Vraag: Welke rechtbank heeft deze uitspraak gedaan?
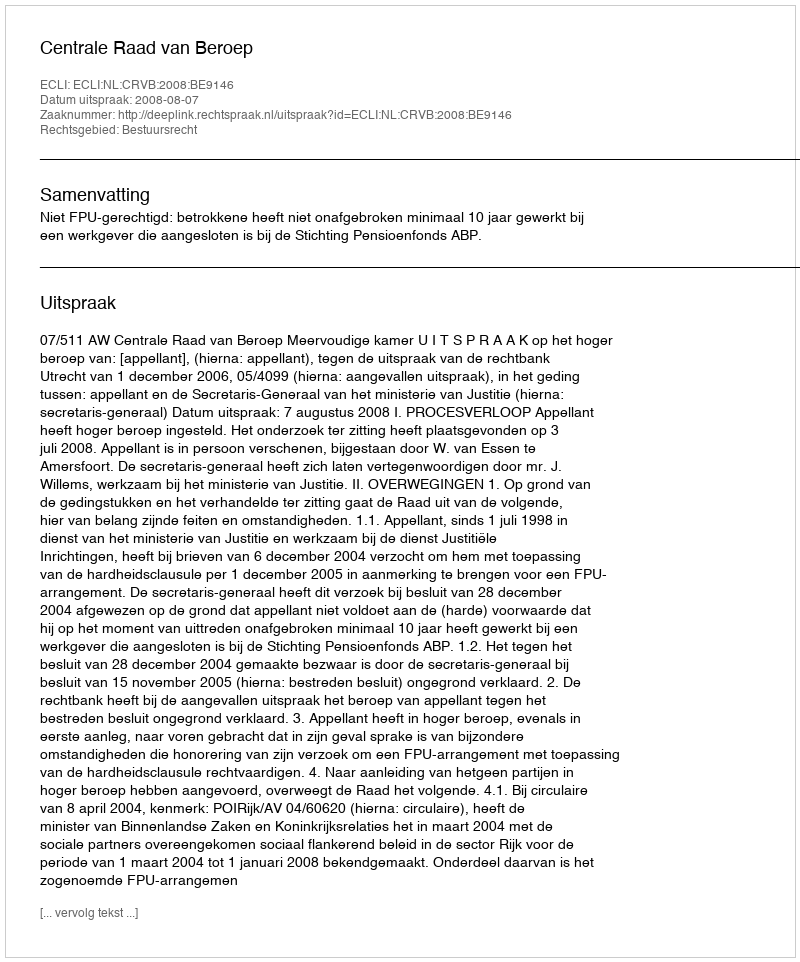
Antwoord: Centrale Raad van Beroep